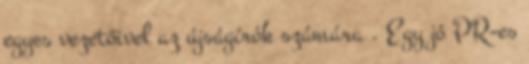
egyes vezetőivel az újságírók számára . Egy jó PR-es